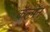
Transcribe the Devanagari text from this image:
कॅल्मॅन